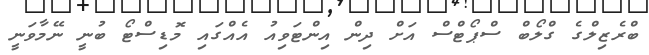
ބްރެޒިލްގެ ގްލޯބް ސްޕޯޓްސް އަށް ދިން އިންޓަވިއު އެއްގައި މޮޑިސްޓޯ ބުނީ ނޭމާވަނީ